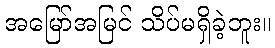
အမြော်အမြင် သိပ်မရှိခဲ့ဘူး။